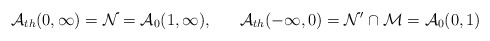
\begin{align*}\mathcal{A}_{th}(0,\infty )=\mathcal{N}=\mathcal{A}_{0}(1,\infty),\,\,\,\,\,\,\,\,\,\,\mathcal{A}_{th}(-\infty ,0)=\mathcal{N}^{\prime }\cap \mathcal{M=A}_{0}(0,1)\end{align*}